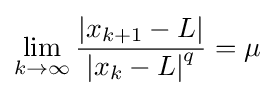
\lim _{k\rightarrow \infty }{\frac {\left|x_{k+1}-L\right|}{\left|x_{k}-L\right|^{q}}}=\mu